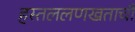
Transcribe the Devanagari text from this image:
हस्तललणखताची